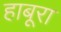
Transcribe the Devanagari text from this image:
हाबूरा